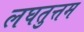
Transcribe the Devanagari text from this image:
लघतुत्तम